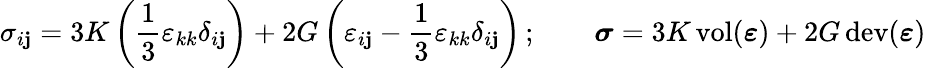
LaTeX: \sigma_{i\mathbf{j}}=3K\left({\frac{{1}}{{3}}}\varepsilon_{kk}\delta_{i\mathbf{j}}\right)+2G\left(\varepsilon_{i\mathbf{j}}-{\frac{{1}}{{3}}}\varepsilon_{kk}\delta_{i\mathbf{j}}\right)\, ;\qquad{\boldsymbol{\sigma}}=3K\operatorname{vol}({\boldsymbol{\varepsilon}})+2G\operatorname{dev}({\boldsymbol{\varepsilon}})